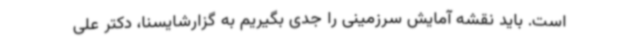
است. باید نقشه آمایش سرزمینی را جدی بگیریم به گزارشایسنا، دکتر علی